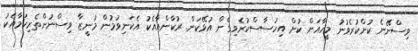
ވިސްނޭނެ ކުށްކުރެވުނު މީހާއަށް ކުށް އިހުސާސްކުރެވިގެން އުޅޭކަން. ރުކާންއާއެކު އެކަނިވުމުން މުނީޒާ ވިސްނުންތެރިކަމާއެކު